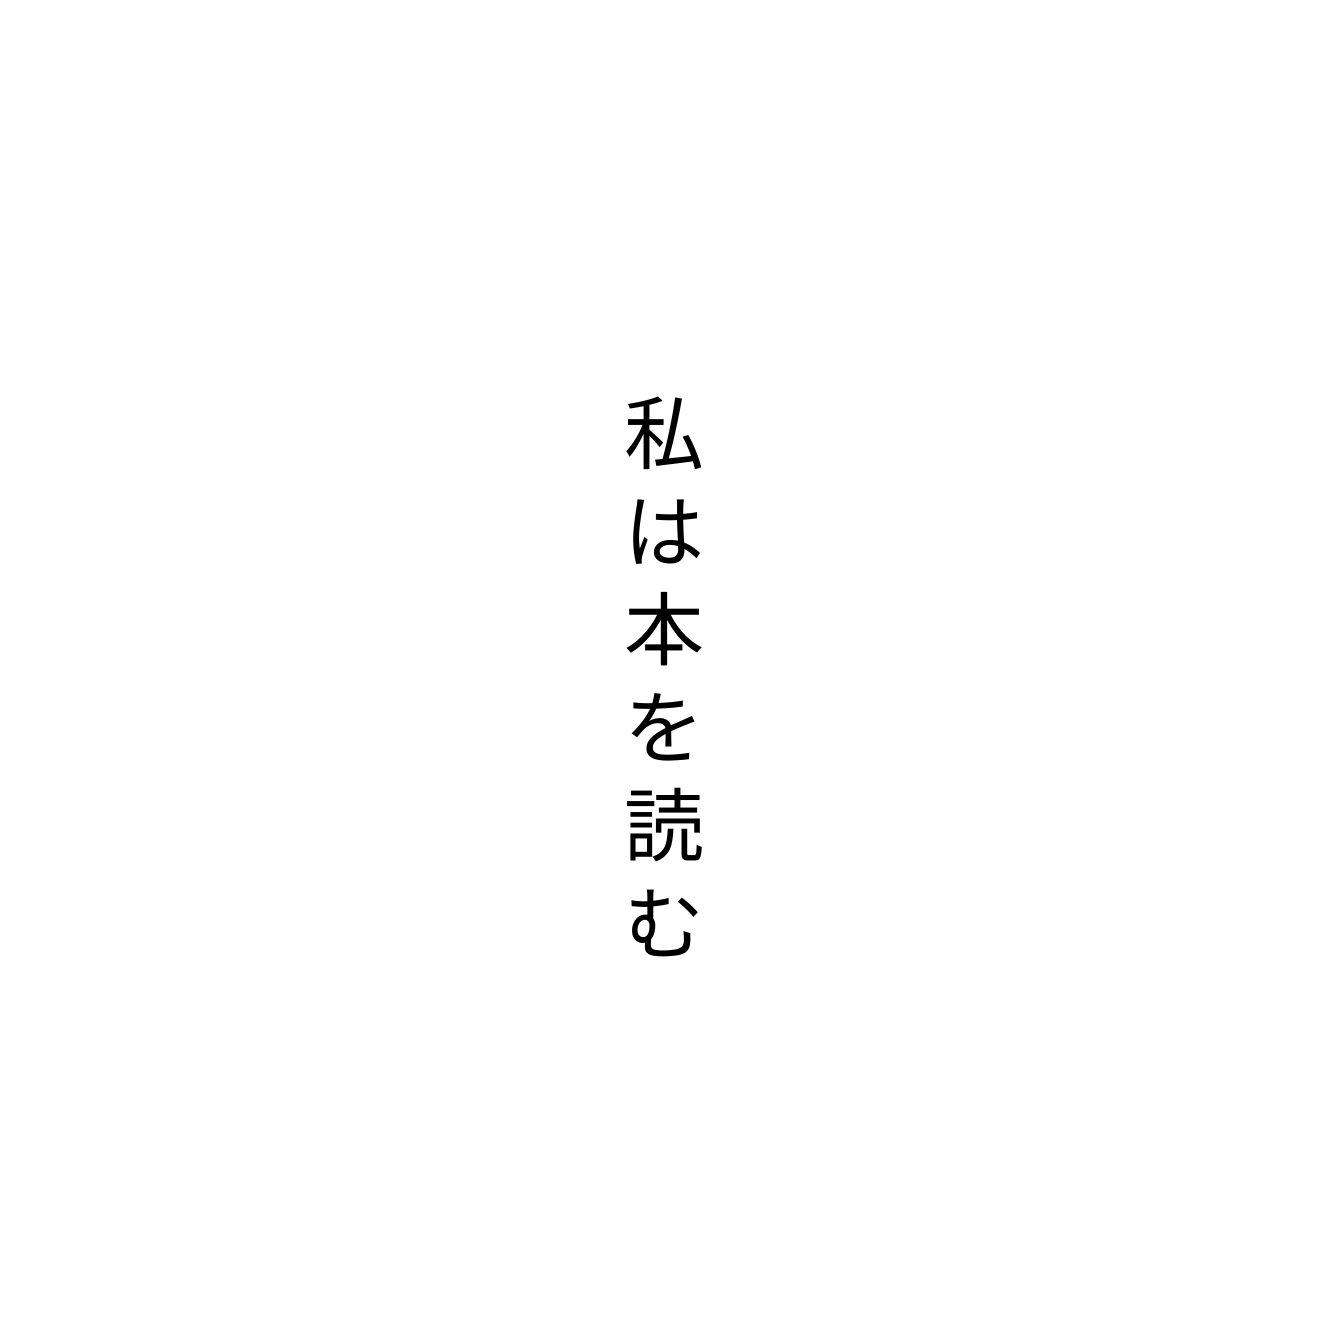
私は本を読む